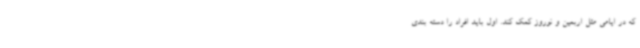
که در ایامی مثل اربعین و نوروز کمک کند. اول باید افراد را دسته بندی